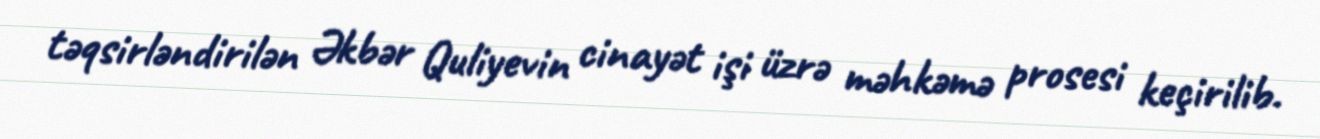
təqsirləndirilən Əkbər Quliyevin cinayət işi üzrə məhkəmə prosesi keçirilib.